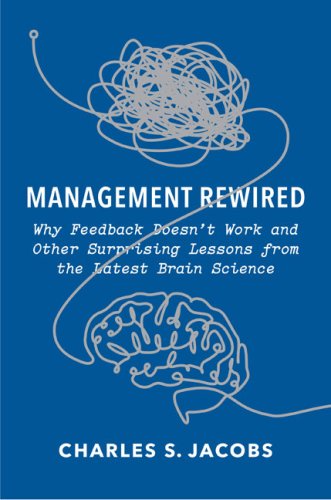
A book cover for Management Rewired: Why Feedback Doesn't Work and Other Surprising Lessons from the Latest Brain Science; Charles S. Jacobs; Health, Fitness & Dieting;